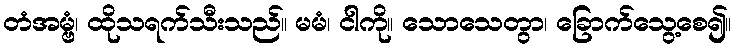
တံအမ္ဗံ၊ ထိုသရက်သီးသည်။ မမံ၊ ငါကို။ သောသေတွာ၊ ခြောက်သွေ့စေ၍။